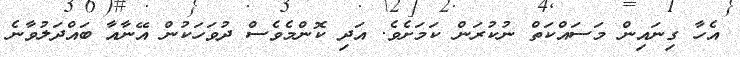
އެހާ ގިނައިން މަސައްކަތް ނުކުރަން ކަމަށެވެ. އަދި ކޮންމެވެސް ދުވަހަކުން އޭނާއާ ބައްދަލުވާނެ